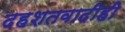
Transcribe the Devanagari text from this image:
दहशतवादीही